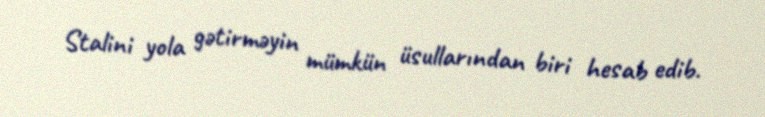
Stalini yola gətirməyin mümkün üsullarından biri hesab edib.